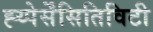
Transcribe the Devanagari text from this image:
ह्य्पेर्सेंसितिविटी